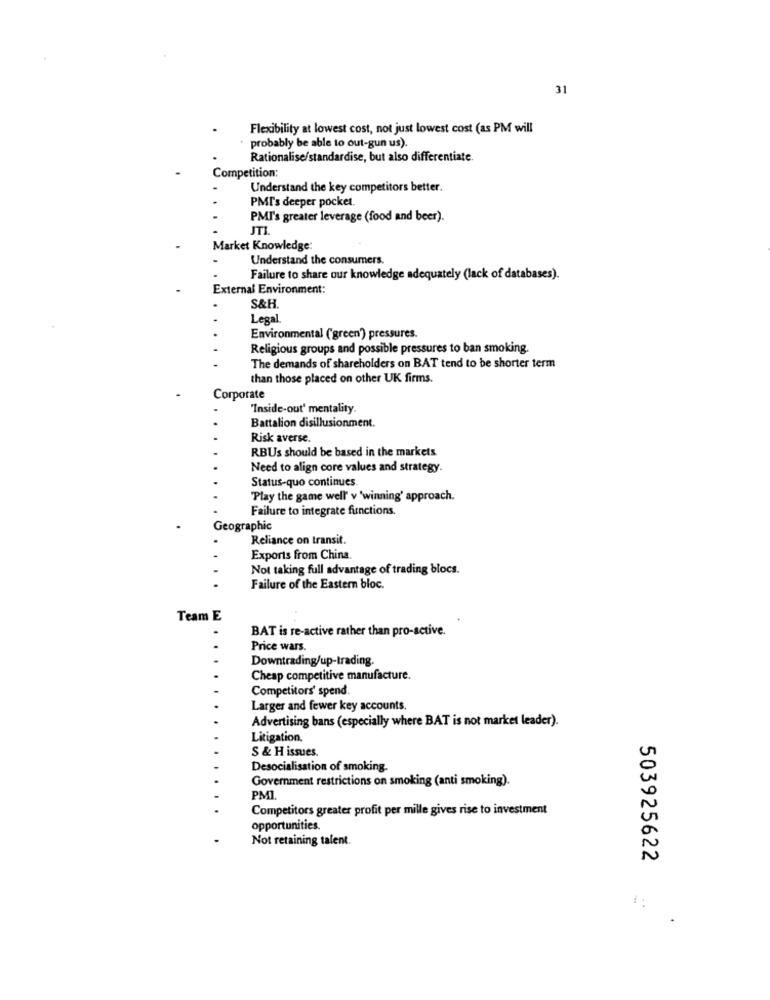
31
Flexibility at lowest cost, not just lowest cost (as PM will
probably be able to out-gun us).
Rationalise/standardise, but also differentiate.
Competition:
Understand the key competitors better.
PMT's deeper pocket.
PMI's greater leverage (food and beer).
JTI
Market Knowledge:
Understand the consumers.
Failure to share our knowledge adequately (lack of databases).
External Environment:
S&H.
Legal
Environmental ("green') pressures.
Religious groups and possible pressures to ban smoking.
The demands of shareholders on BAT tend to be shorter term
than those placed on other UK firms.
Corporate
"Inside-out' mentality.
Battalion disillusionment.
Risk averse.
RBUs should be based in the markets
Need to align core values and strategy.
Status-quo continues
"Play the game well' v 'winning' approach.
Failure to integrate functions.
Geographic
Reliance on transit.
Exports from China.
Not taking full advantage of trading blocs.
Failure of the Eastern bloc.
Team E
BAT is re-active rather than pro-active.
Price wars.
Downtrading/up-trading.
Cheap competitive manufacture.
Competitors' spend
Larger and fewer key accounts.
Advertising bans (especially where BAT is not market leader).
Litigation.
S & H issues.
Desocialisation of smoking.
Government restrictions on smoking (anti smoking).
PM1.
Competitors greater profit per mille gives rise to investment
opportunities.
Not retaining talent.
503925622